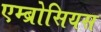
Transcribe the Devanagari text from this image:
एम्ब्रोसियस